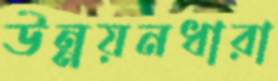
উন্নয়নধারা